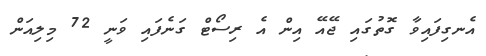
އެނގިފައިވާ ގޮތުގައި ޖޭއޭ އިން އެ ރިސޯޓް ގަނެފައި ވަނީ 72 މިލިއަން